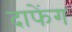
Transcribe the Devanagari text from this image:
दाफेंग